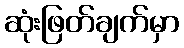
ဆုံးဖြတ်ချက်မှာ